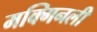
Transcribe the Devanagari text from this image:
मक्गिनली